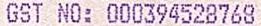
GST NO: 000394528768